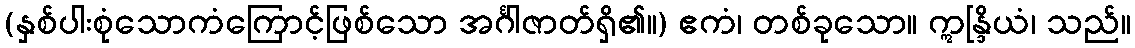
(နှစ်ပါးစုံသောကံကြောင့်ဖြစ်သော အင်္ဂါဇာတ်ရှိ၏။) ဧကံ၊ တစ်ခုသော။ ဣန္ဒြိယံ၊ သည်။